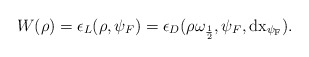
\begin{align*} W(\rho)=\epsilon_{L}(\rho,\psi_F)=\epsilon_{D}(\rho\omega_{\frac{1}{2}},\psi_F,\mathrm{dx_{\psi_F}}). \end{align*}